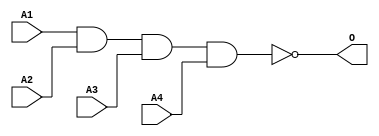
module MJNAND4A(A1, A2, A3, A4, O);
input   A1;
input   A2;
input   A3;
input   A4;
output  O;
nand g0(O, A1, A2, A3, A4);
endmodule